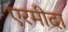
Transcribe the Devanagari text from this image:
एरमीदा